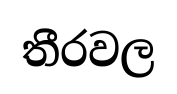
තීරවල